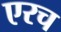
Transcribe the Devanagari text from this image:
एरच